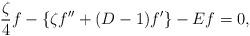
LaTeX: \begin{align*}\frac{\zeta}{4}f-\{\zeta f''+(D-1)f'\}-Ef=0,\end{align*}